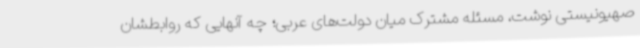
صهیونیستی نوشت، مسئله مشترک میان دولت‌های عربی؛ چه آنهایی که روابطشان